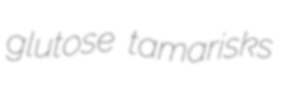
glutose tamarisks